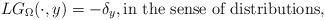
LaTeX: \begin{align*}L G_{\Omega }(\cdot , y)=-\delta _y,\mbox{in the sense of distributions,}\end{align*}